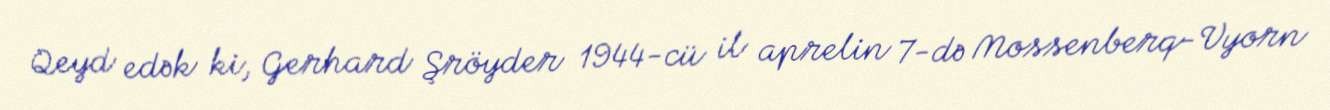
Qeyd edək ki, Gerhard Şröyder 1944-cü il aprelin 7-də Mossenberq-Vyorn